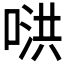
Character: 𪡥